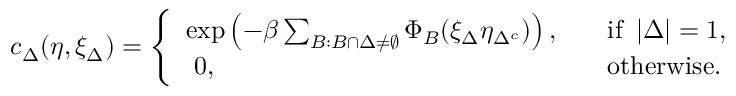
\begin{array} { r } { c _ { \Delta } ( \eta , \xi _ { \Delta } ) = \left\{ \begin{array} { l l } { \exp \left( - \beta \sum _ { B : B \cap \Delta \neq \emptyset } \Phi _ { B } ( \xi _ { \Delta } \eta _ { \Delta ^ { c } } ) \right) , \quad } & { \mathrm { i f ~ } \left\lvert \Delta \right\rvert = 1 , } \\ { \ 0 , } & { \mathrm { o t h e r w i s e } . } \end{array} \right. } \end{array}